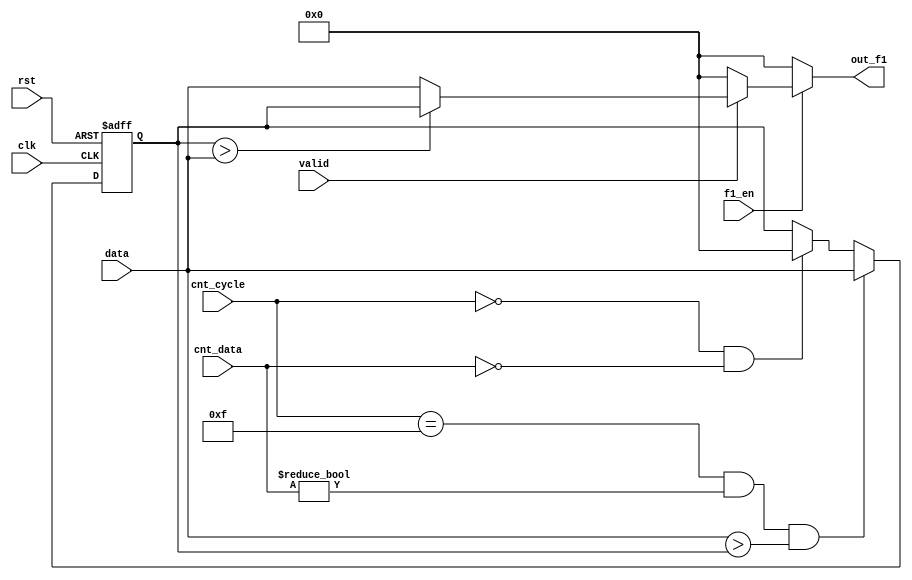
module f1(
        input                   clk,
        input                   rst,
        input                   f1_en,
        input                   valid,
        input [127:0]           data,
        input [3:0]             cnt_cycle,
        input [2:0]             cnt_data,

        output reg[127:0]       out_f1
        );

        reg [127:0]     buff;

        always@(posedge clk, posedge rst)begin
                if(rst)
                        buff <= 128'b0;
                else if((cnt_cycle == 4'd15) && (cnt_data != 3'd0) && (data > buff))
                        buff <= data;
                else if((cnt_cycle == 4'd0) &&(cnt_data == 3'd0))  // flush buffer.
                        buff <= 128'b0;
        end

        always@*begin
                if(f1_en)begin
                        if(valid)
                                out_f1 = (buff > data)? buff:data;
                        else
                                out_f1 = 128'b0;
                end
                else
                        out_f1 = 128'b0;
        end
        
endmodule